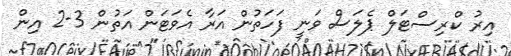
އިރު ކްރިސްޓަލް ޕެލަސް ވަނީ ފަހަތުން އަރާ އެވަޓަން އަތުން 3-2 އިން